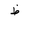
Letter: _za